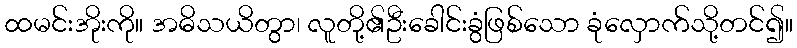
ထမင်းအိုးကို။ အဓိသယိတွာ၊ လူတို့၏ဦးခေါင်းခွံဖြစ်သော ခုံလှောက်သို့တင်၍။